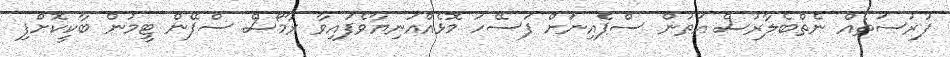
ފުރުސަތެއް ނެތްބެލާރުސް އަތުން ސްޕެއިނަށް ފަސޭހަ މޮޅެއްއަނިޔާވެފައިވާ ރާމޯސް ސްޕޭން ޓީމުން ބާކީކޮށްފި